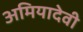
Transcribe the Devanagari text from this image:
अमियादेवी